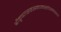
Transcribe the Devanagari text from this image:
श्रीकृष्णसहस्रनामस्तोत्रमन्त्रस्य